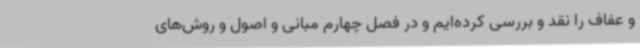
و عفاف را نقد و بررسی کرده‌ایم و در فصل چهارم مبانی و اصول و روش‌های